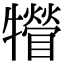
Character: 㹙